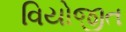
વિયોજીત